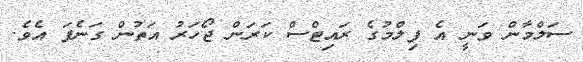
ސަލްމާން ވަނީ އެ ފިލްމުގެ ރައިޓްސް ކަރަން ޖޯހަރު އަތުން ގަނެފަ އެވެ.